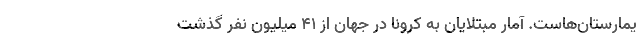
یمارستان‌هاست. آمار مبتلایان به کرونا در جهان از ۴۱ میلیون نفر گذشت